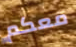
معكم